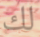
لك